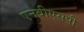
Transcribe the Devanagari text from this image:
एनबीएसपी